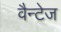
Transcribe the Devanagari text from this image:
वैन्टेज